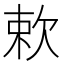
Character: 欶